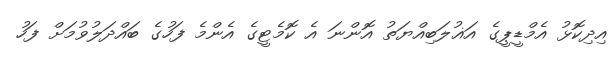
އިދިކޮޅު އެމްޑީޕީގެ އަޣުލަބިއްޔަތު އޮންނަ އެ ކޮމެޓީގެ އެންމެ ފަހުގެ ބައްދަލުވުމަށް ފަހު